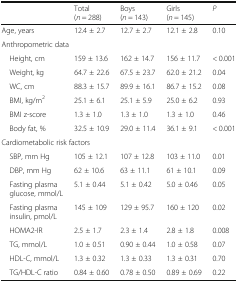
<table><thead><tr><td>[EMPTY_CELL]</td><td><b>Total (<i>n</i> = 288)</b></td><td><b>Boys (<i>n</i> = 143)</b></td><td><b>Girls (<i>n</i> = 145)</b></td><td><b><i>P</i></b></td></tr></thead><tbody><tr><td>Age, years</td><td>12.4 ± 2.7</td><td>12.7 ± 2.7</td><td>12.1 ± 2.8</td><td>0.10</td></tr><tr><td colspan="5">Anthropometric data</td></tr><tr><td> Height, cm</td><td>159 ± 13.6</td><td>162 ± 14.7</td><td>156 ± 11.7</td><td>&lt; 0.001</td></tr><tr><td> Weight, kg</td><td>64.7 ± 22.6</td><td>67.5 ± 23.7</td><td>62.0 ± 21.2</td><td>0.04</td></tr><tr><td> WC, cm</td><td>88.3 ± 15.7</td><td>89.9 ± 16.1</td><td>86.7 ± 15.2</td><td>0.08</td></tr><tr><td> BMI, kg/m<sup>2</sup></td><td>25.1 ± 6.1</td><td>25.1 ± 5.9</td><td>25.0 ± 6.2</td><td>0.93</td></tr><tr><td> BMI z-score</td><td>1.3 ± 1.0</td><td>1.3 ± 1.0</td><td>1.3 ± 1.0</td><td>0.46</td></tr><tr><td> Body fat, %</td><td>32.5 ± 10.9</td><td>29.0 ± 11.4</td><td>36.1 ± 9.1</td><td>&lt; 0.001</td></tr><tr><td colspan="5">Cardiometabolic risk factors</td></tr><tr><td> SBP, mm Hg</td><td>105 ± 12.1</td><td>107 ± 12.8</td><td>103 ± 11.0</td><td>0.01</td></tr><tr><td> DBP, mm Hg</td><td>62 ± 10.6</td><td>63 ± 11.1</td><td>61 ± 10.1</td><td>0.09</td></tr><tr><td> Fasting plasma glucose, mmol/L</td><td>5.1 ± 0.44</td><td>5.1 ± 0.42</td><td>5.0 ± 0.46</td><td>0.05</td></tr><tr><td> Fasting plasma insulin, pmol/L</td><td>145 ± 109</td><td>129 ± 95.7</td><td>160 ± 120</td><td>0.02</td></tr><tr><td> HOMA2-IR</td><td>2.5 ± 1.7</td><td>2.3 ± 1.4</td><td>2.8 ± 1.8</td><td>0.008</td></tr><tr><td> TG, mmol/L</td><td>1.0 ± 0.51</td><td>0.90 ± 0.44</td><td>1.0 ± 0.58</td><td>0.07</td></tr><tr><td> HDL-C, mmol/L</td><td>1.3 ± 0.32</td><td>1.3 ± 0.33</td><td>1.3 ± 0.31</td><td>0.70</td></tr><tr><td> TG/HDL-C ratio</td><td>0.84 ± 0.60</td><td>0.78 ± 0.50</td><td>0.89 ± 0.69</td><td>0.22</td></tr></tbody></table>